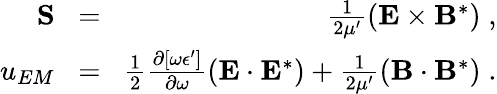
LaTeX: \begin{array}{rlr}{{\mathbf S}\! }&{=}&{\! \frac{1}{2\mu^{\prime}}\left({\mathbf E}\times{\mathbf B}^{\ast}\right)\; ,}\\ {u_{EM}\! }&{=}&{\! \frac{1}{2}\frac{\partial[\omega\epsilon^{\prime}]}{\partial\omega}\left({\mathbf{E}}\cdot{\mathbf{E}}^{*}\right)+\frac{1}{2\mu^{\prime}}\left({\mathbf{B}}\cdot{\mathbf{B}}^{*}\right)\; .}\end{array}